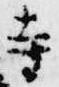
寺